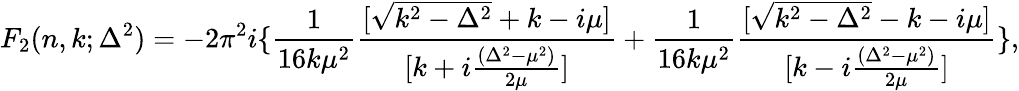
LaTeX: F_{2}(n,k;\Delta^{2})=-2\pi^{2}i\{ \frac{1}{16k\mu^{2}}\frac{[\sqrt{k^{2}-\Delta^{2}}+k-i\mu]}{[k+i\frac{(\Delta^{2}-\mu^{2})}{2\mu}]}+\frac{1}{16k\mu^{2}}\frac{[\sqrt{k^{2}-\Delta^{2}}-k-i\mu]}{[k-i\frac{(\Delta^{2}-\mu^{2})}{2\mu}]}\} ,